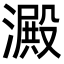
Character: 澱